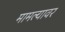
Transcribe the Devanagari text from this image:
मामल्यावर